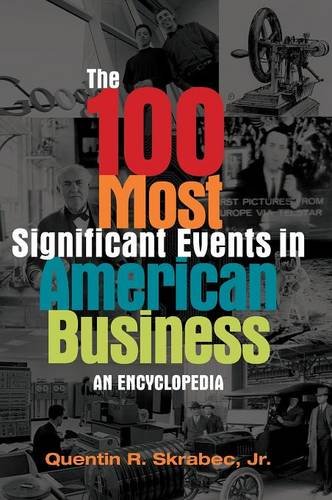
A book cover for The 100 Most Significant Events in American Business: An Encyclopedia; Quentin R. Skrabec Jr.; Reference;